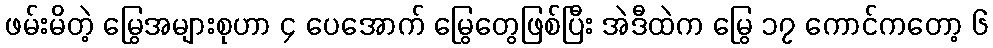
ဖမ်းမိတဲ့ မြွေအများစုဟာ ၄ ပေအောက် မြွေတွေဖြစ်ပြီး အဲဒီထဲက မြွေ ၁၇ ကောင်ကတော့ ၆